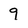
Character: 9